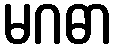
မဂဓာ